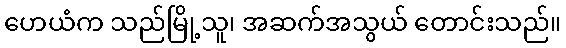
ဟေယံက သည်မြို့သူ၊ အဆက်အသွယ် တောင်းသည်။